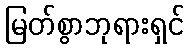
မြတ်စွာဘုရားရှင်